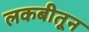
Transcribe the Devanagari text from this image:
लकबीतून